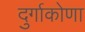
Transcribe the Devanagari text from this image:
दुर्गाकोणा